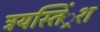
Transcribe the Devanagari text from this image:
त्रयस्तिं्रश